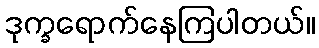
ဒုက္ခရောက်နေကြပါတယ်။